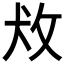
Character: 𰕄